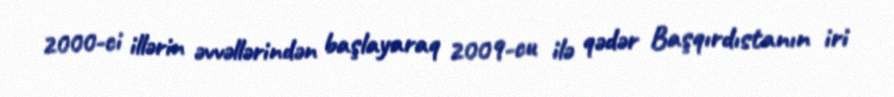
2000-ci illərin əvvəllərindən başlayaraq 2009-cu ilə qədər Başqırdıstanın iri